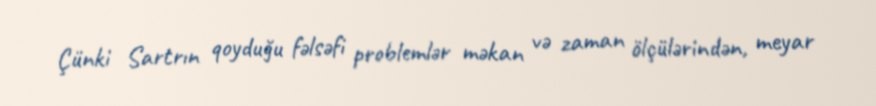
Çünki Sartrın qoyduğu fəlsəfi problemlər məkan və zaman ölçülərindən, meyar